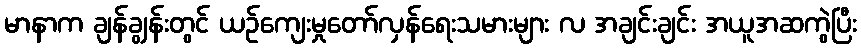
မာနာက ချန်ချွန်းတွင် ယဉ်ကျေးမှုတော်လှန်ရေးသမားများ လ အချင်းချင်း အယူအဆကွဲပြီး